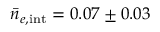
\bar { n } _ { e , { \mathrm { i n t } } } = 0 . 0 7 \pm 0 . 0 3